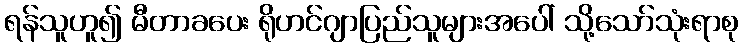
ရန်သူဟူ၍ မီတာခပေး ရိုဟင်ဂျာပြည်သူများအပေါ် သို့သော်သုံးရာစု